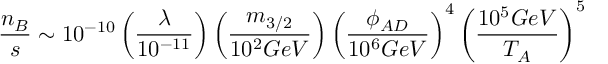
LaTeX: \frac { n _ { B } } { s } \sim 1 0 ^ { - 1 0 } \left( \frac { \lambda } { 1 0 ^ { - 1 1 } } \right) \left( \frac { m _ { 3 / 2 } } { 1 0 ^ { 2 } G e V } \right) \left( \frac { \phi _ { A D } } { 1 0 ^ { 6 } G e V } \right) ^ { 4 } \left( \frac { 1 0 ^ { 5 } G e V } { T _ { A } } \right) ^ { 5 }